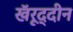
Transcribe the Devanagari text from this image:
खॅरूद्दीन